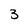
Character: 3